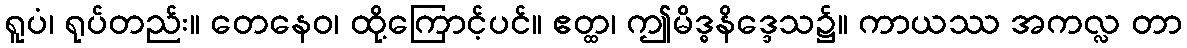
ရူပံ၊ ရုပ်တည်း။ တေနေဝ၊ ထို့ကြောင့်ပင်။ ဧတ္ထ၊ ဤမိဒ္ဓနိဒ္ဒေသ၌။ ကာယဿ အကလ္လ တာ